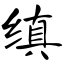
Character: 缜